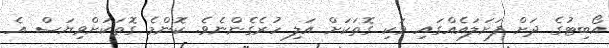
އޯބިޓުގެ ދަށް ފަށަލައެއްގައި ވަކި ގޮތަކަށް އަލި ހުރެގެންނެވެ. ކޮންމެ ގޮތަކަށްވިޔަސް އެ